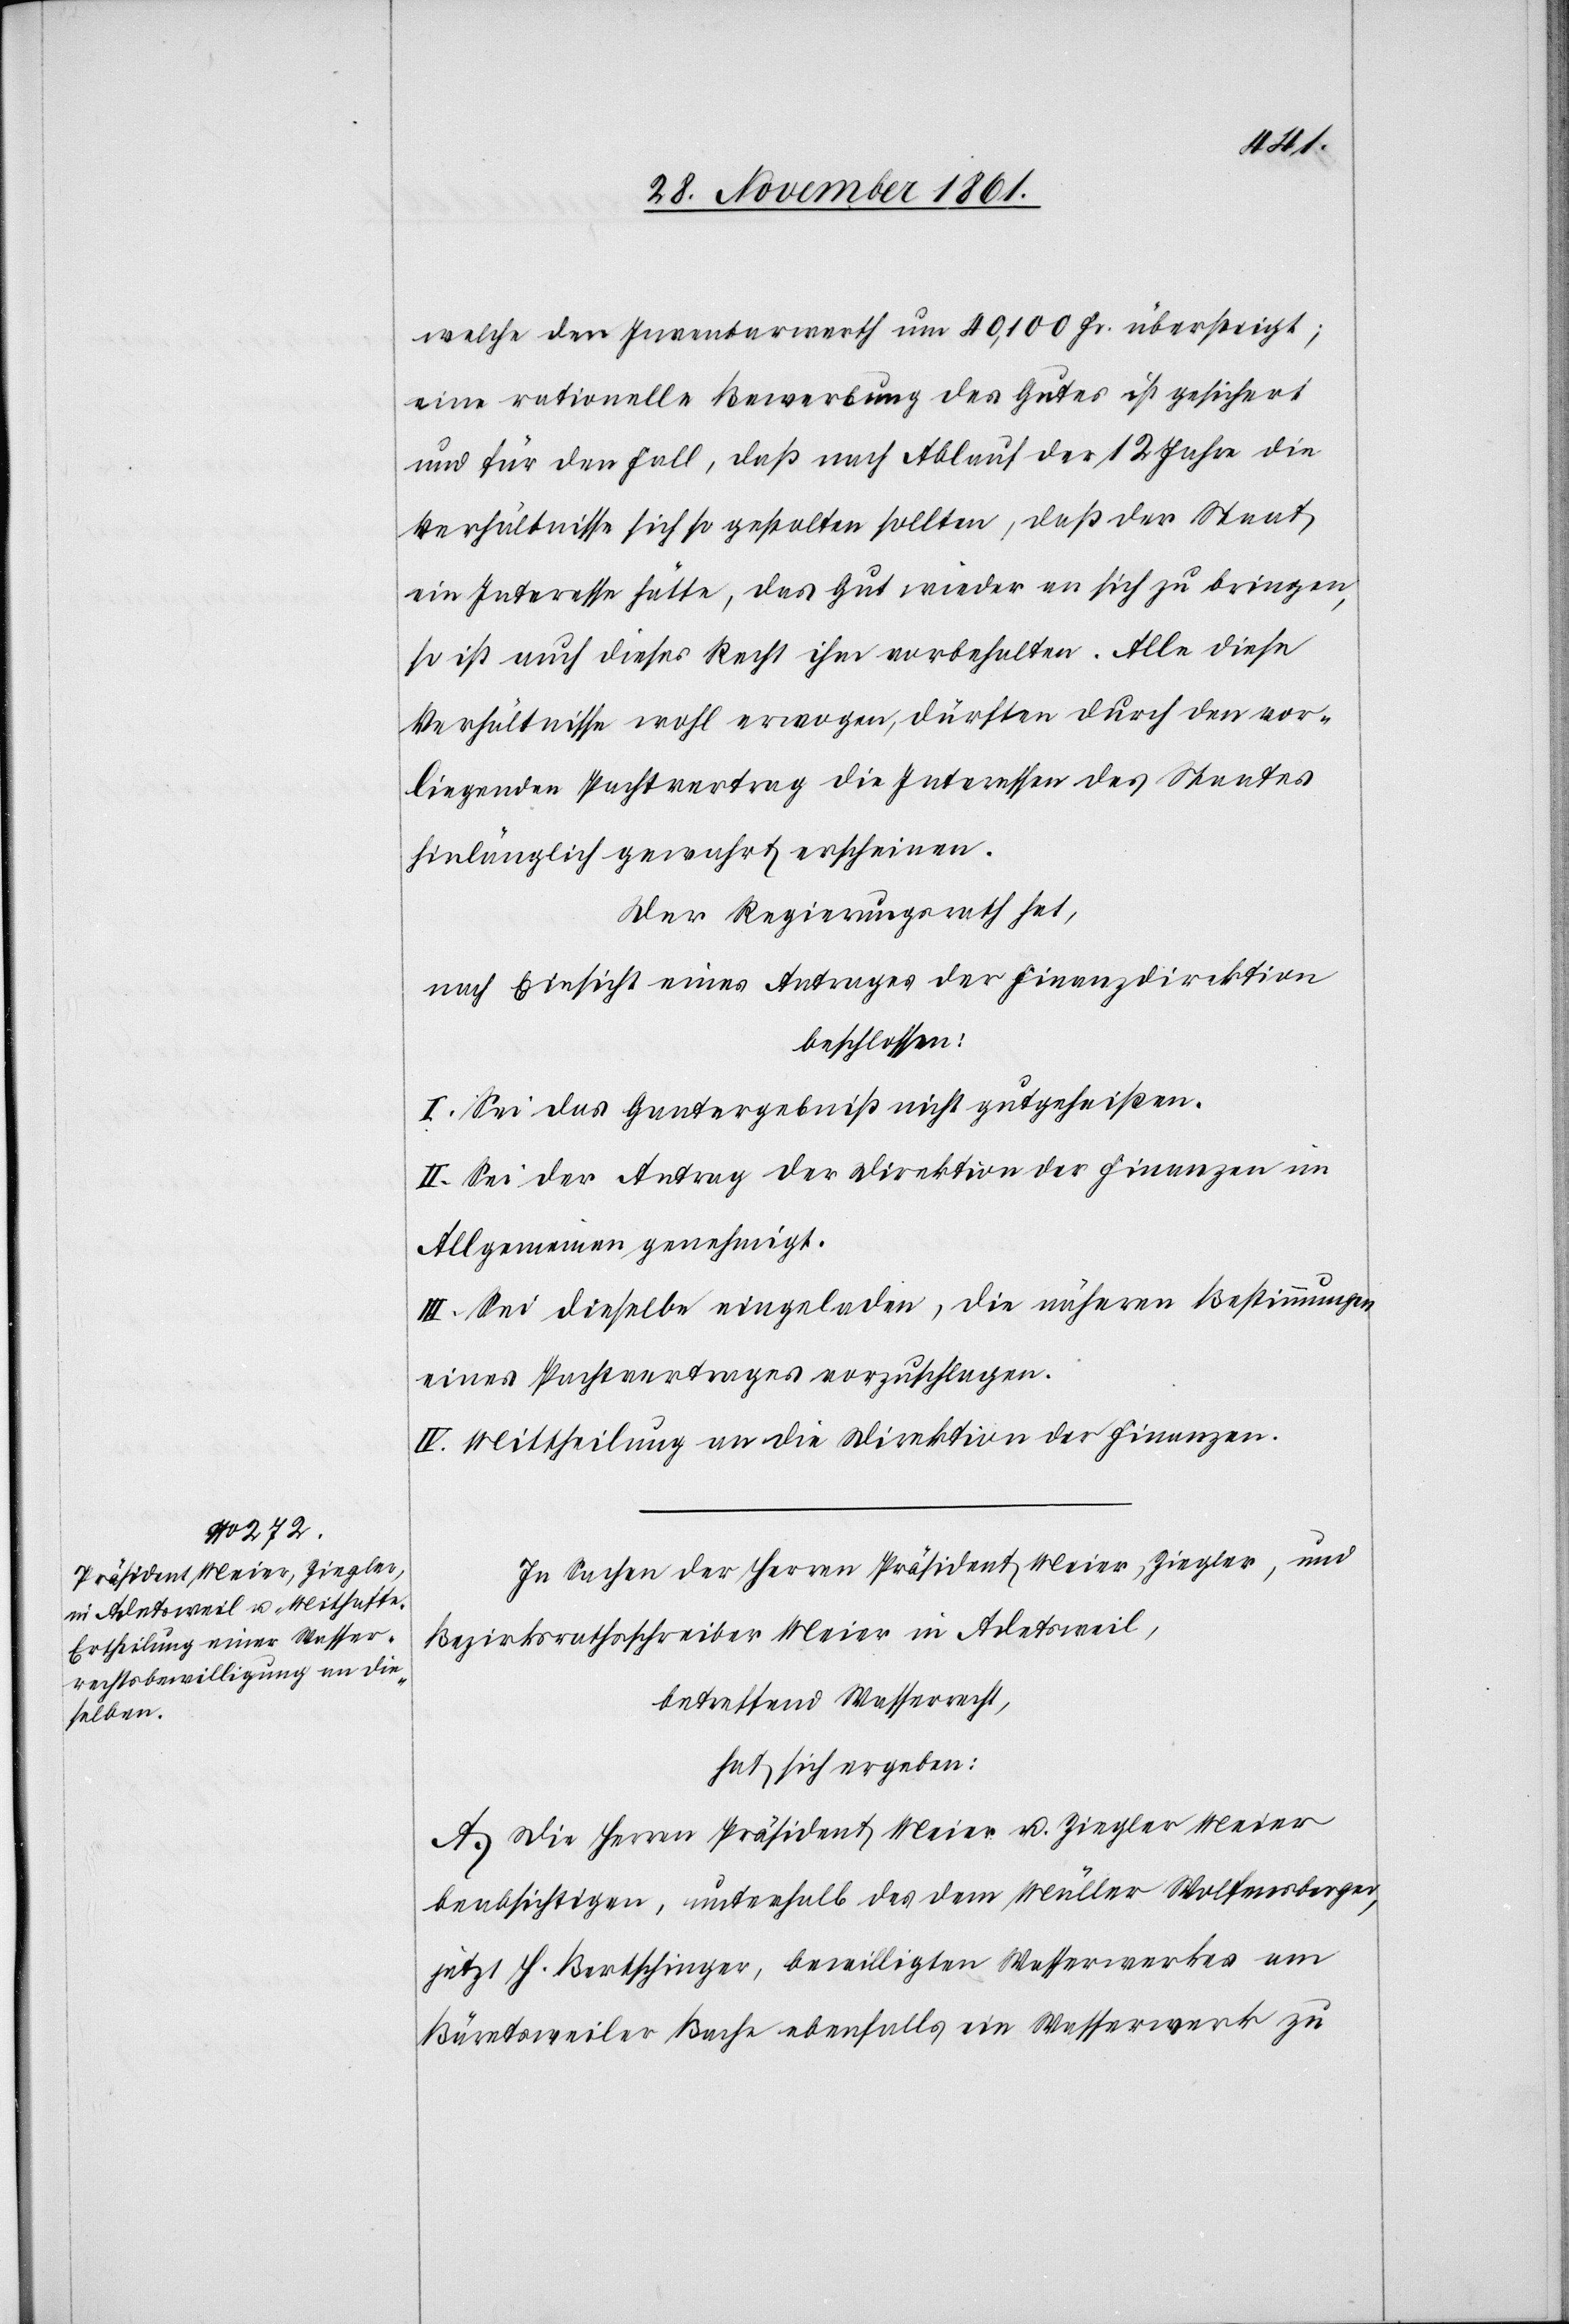
welche den Inventarwerth um 40,100 Fr. übersteigt;
eine rationelle Bewerbung des Gutes ist gesichert
und für den Fall, daß nach Ablauf der 12 Jahre die
Verhältnisse sich so gestalten sollten, daß der Staat
ein Interesse hätte, das Gut wieder an sich zu bringen,
so ist auch dieses Recht ihm vorbehalten. Alle diese
Verhältnisse wohl erwogen, dürften durch den vor¬
liegenden Pachtvertrag die Interessen des Staates
hinlänglich gewahrt erscheinen.
Der Regierungsrath hat,
nach Einsicht eines Antrages der Finanzdirektion
beschlossen:
I. Sei das Gantergebniß nicht gutgeheißen.
II. Sei der Antrag der Direktion der Finanzen im
Allgemeinen genehmigt.
III. Sei dieselbe eingeladen, die näheren Bestimmungen
eines Pachtvertrages vorzuschlagen.
IV. Mittheilung an die Direktion der Finanzen.
In Sachen der Herren Präsident Meier, Ziegler, und
Bezirksrathsschreiber Meier in Adetsweil,
betreffend Wasserrrecht,
hat sich ergeben:
A. Die Herren Präsident Meier u. Ziegler Meier
beabsichtigen, unterhalb des dem Müller Wolfensberger,
jetzt H. Bertschinger, bewilligten Wasserwerkes am
Bärentsweiler Bache ebenfalls ein Wasserwerk zu